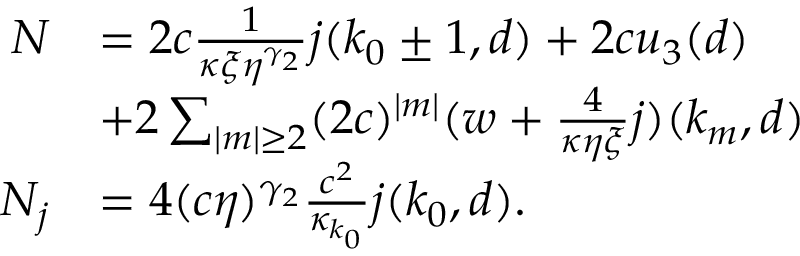
\begin{array} { r l } { N } & { = 2 c \frac 1 { \kappa \xi \eta ^ { \gamma _ { 2 } } } j ( k _ { 0 } \pm 1 , d ) + 2 c u _ { 3 } ( d ) } \\ & { + 2 \sum _ { \vert m \vert \ge 2 } ( 2 c ) ^ { \vert m \vert } ( w + \frac 4 { \kappa \eta \xi } j ) ( k _ { m } , d ) } \\ { N _ { j } } & { = 4 ( c \eta ) ^ { \gamma _ { 2 } } \frac { c ^ { 2 } } { \kappa _ { k _ { 0 } } } j ( k _ { 0 } , d ) . } \end{array}